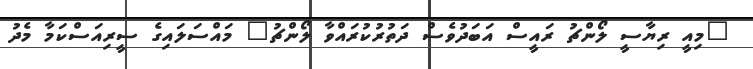
"މިއީ ރިޔާސީ ލޯންޗު ރައީސް އަބަދުވެސް ދަތުރުކުރައްވާ ލޯންޗު" މައްސަލައިގެ ސީރިއަސްކަމާ މެދު